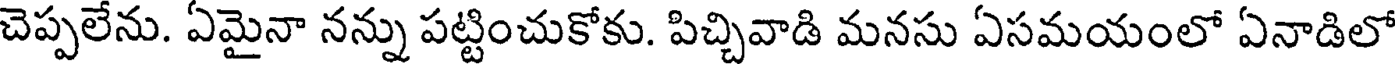
చెప్పలేను. ఏమైనా నన్ను పట్టించుకోకు. పిచ్చివాడి మనసు ఏసమయంలో ఏనాడిలో